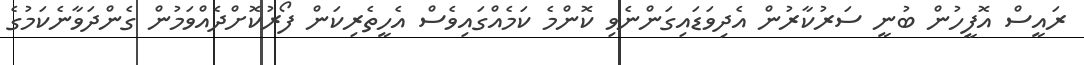
ރައީސް އޮފީހުން ބުނީ ސަރުކާރުން އެދިވަޑައިގަންނެވި ކޮންމެ ކަމެއްގައިވެސް އެހީތެރިކަން ފޯރުކޮށްދެއްވަމުން ގެންދަވާނެކަމުގެ